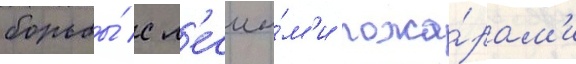
борьбы́ с л'есны́м'и пожа́рам'и